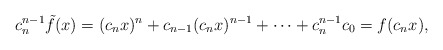
\begin{align*}c_n^{n-1}\tilde f(x)=(c_nx)^n+c_{n-1}(c_nx)^{n-1}+ \cdots + c_n^{n-1}c_0= f(c_nx),\end{align*}